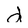
Character: d